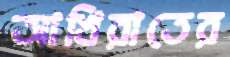
আখিরাতের